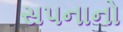
સપનાનો